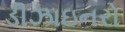
ડીઝાઇનરો